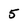
Character: 5